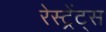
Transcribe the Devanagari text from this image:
रेस्ट्रेंट्स